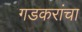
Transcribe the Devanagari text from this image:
गडकरांचा